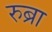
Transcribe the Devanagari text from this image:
रुब्रा